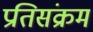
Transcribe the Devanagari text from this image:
प्रतिसंक्रम